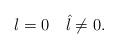
LaTeX: \begin{align*}l=0\quad\hat{l}\not=0.\end{align*}